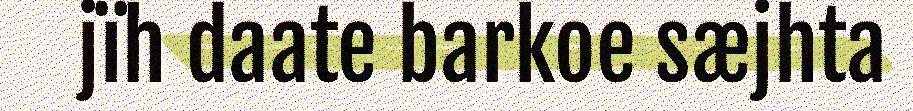
jïh daate barkoe sæjhta